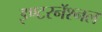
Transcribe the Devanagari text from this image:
इण्टरनॅश्नल